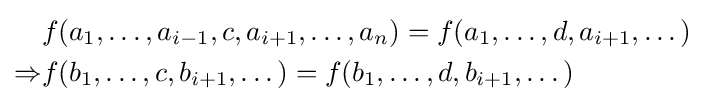
{\begin{aligned}&f(a_{1},\dots ,a_{i-1},c,a_{i+1},\dots ,a_{n})=f(a_{1},\dots ,d,a_{i+1},\dots )\\\Rightarrow &f(b_{1},\dots ,c,b_{i+1},\dots )=f(b_{1},\dots ,d,b_{i+1},\dots )\end{aligned}}